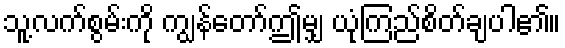
သူ့လက်စွမ်းကို ကျွန်တော်ဤမျှ ယုံကြည်စိတ်ချပါ၏။